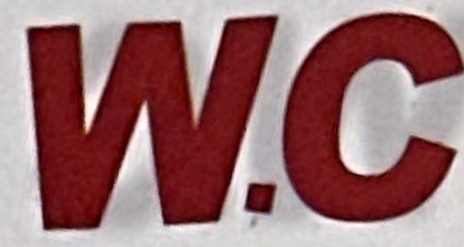
W.C